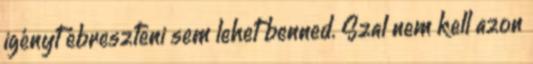
igényt ébreszteni sem lehet benned. Szal nem kell azon